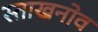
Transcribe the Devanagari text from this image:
स्ताखनोव